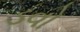
ડવો